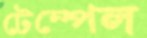
টেম্পেল